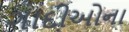
ગાદીઓના